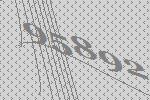
95892